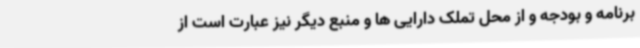
برنامه و بودجه و از محل تملک دارایی ها و منبع دیگر نیز عبارت است از